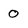
Character: O